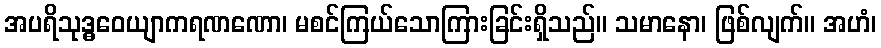
အပရိသုဒ္ဓဝေယျာကရဏဏော၊ မစင်ကြယ်သောကြားခြင်းရှိသည်။ သမာနော၊ ဖြစ်လျက်။ အဟံ၊